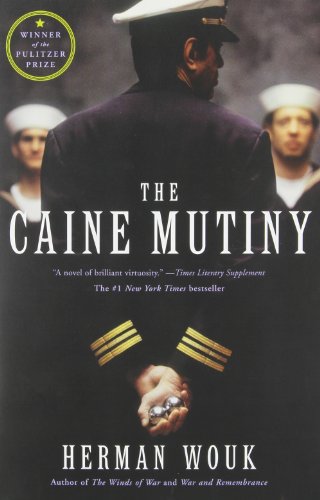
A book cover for The Caine Mutiny: A Novel; Herman Wouk; Literature & Fiction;